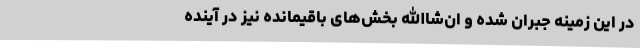
در این زمینه جبران شده و ان‌شاالله بخش‌های باقیمانده نیز در آینده